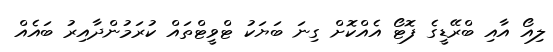
ލިިއޯ އާއި ބްރޭޑީގެ ފޮޓޯ އެއްކޮށް ގިނަ ބަޔަކު ޓްވީޓްތައް ކުރަމުންދާއިރު ބައެއް